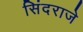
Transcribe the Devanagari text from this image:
सिंदराजे